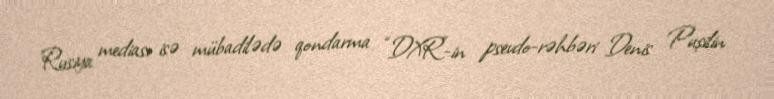
Rusiya mediası isə mübadilədə qondarma “DXR”-in psevdo-rəhbəri Denis Puşilin